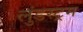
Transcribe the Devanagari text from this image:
लुंडस्ट्रम